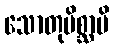
သောတုမိစ္ဆာမိ